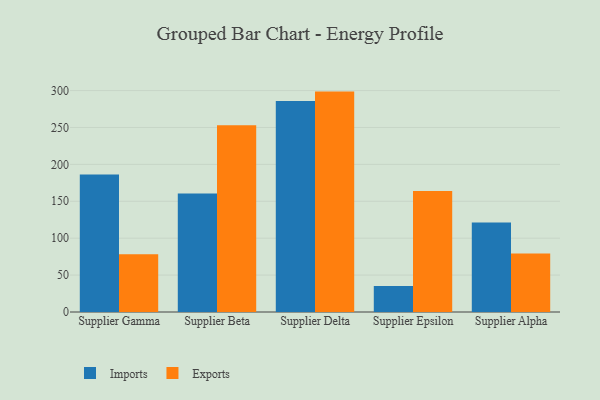
{"axis": {"x": "Supplier", "y": "Conversion Rate (%)"}, "legend": ["Exports", "Imports"], "data": [{"x": "Supplier Gamma", "y": 186.3, "type": "Imports"}, {"x": "Supplier Gamma", "y": 78.2, "type": "Exports"}, {"x": "Supplier Beta", "y": 160.4, "type": "Imports"}, {"x": "Supplier Beta", "y": 253.0, "type": "Exports"}, {"x": "Supplier Delta", "y": 286.0, "type": "Imports"}, {"x": "Supplier Delta", "y": 298.6, "type": "Exports"}, {"x": "Supplier Epsilon", "y": 35.1, "type": "Imports"}, {"x": "Supplier Epsilon", "y": 164.1, "type": "Exports"}, {"x": "Supplier Alpha", "y": 121.4, "type": "Imports"}, {"x": "Supplier Alpha", "y": 79.2, "type": "Exports"}]}